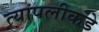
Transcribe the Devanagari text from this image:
त्यांपलीकडे